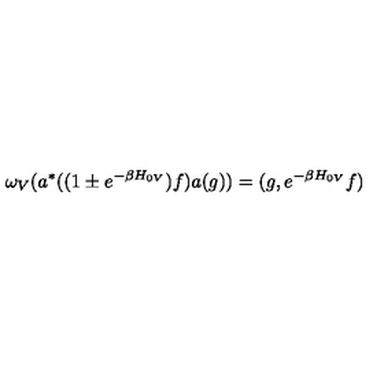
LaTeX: \omega _ { V } ( a ^ { * } ( ( 1 \pm e ^ { - \beta H _ { 0 V } } ) f ) a ( g ) ) = ( g , e ^ { - \beta H _ { 0 V } } f )